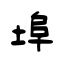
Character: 埠